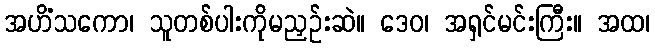
အဟိံသကော၊ သူတစ်ပါးကိုမညှဉ်းဆဲ။ ဒေဝ၊ အရှင်မင်းကြီး။ အထ၊